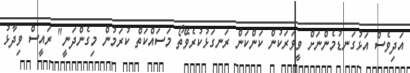
އަދިވެސް އަޅުގަނޑުމެންނަށް ވީވަރަކުން ކަންކަން ރަނގަޅުކުރެވޭތޯ މަސައްކަތް ކުރަމުން މިގެންދަނީ" ރައީސް ވިދާޅު